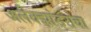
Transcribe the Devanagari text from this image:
अलेक्झांडराचा